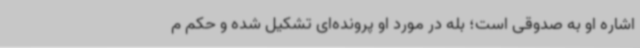
اشاره او به صدوقی است؛ بله در مورد او پرونده‌ای تشکیل شده و حکم م